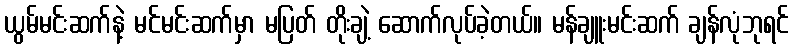
ယွမ်မင်းဆက်နဲ့ မင်မင်းဆက်မှာ မပြတ် တိုးချဲ့ ဆောက်လုပ်ခဲ့တယ်။ မန်ချူးမင်းဆက် ချန်လုံဘုရင်